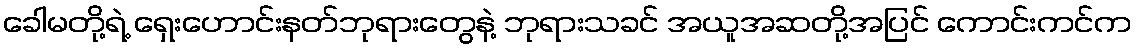
ခေါမတို့ရဲ့ ရှေးဟောင်းနတ်ဘုရားတွေနဲ့ ဘုရားသခင် အယူအဆတို့အပြင် ကောင်းကင်က